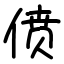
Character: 偾